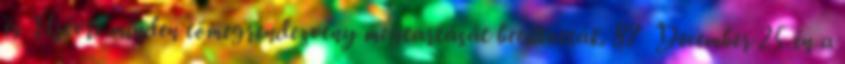
és Újévre minden tömegrendezvény megtartását betiltották. 87 December 25-én a